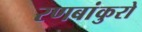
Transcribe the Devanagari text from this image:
रणबांकुरो